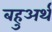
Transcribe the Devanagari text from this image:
बहुअर्थ